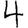
Digit: 4